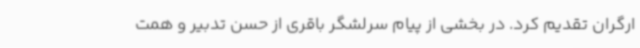
ارگران تقدیم کرد. در بخشی از پیام سرلشگر باقری از حسن تدبیر و همت